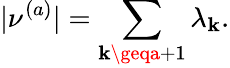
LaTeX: |\nu^{(a)}|=\sum_{\mathbf{k}\geqa+1}\lambda_{\mathbf{k}}.